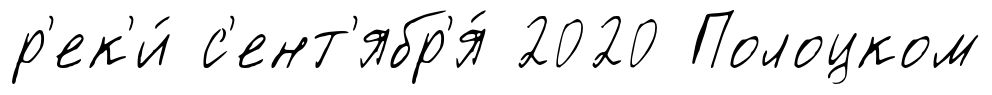
р'ек'и́ с'ент'ябр'я́ 2020 Полоцком